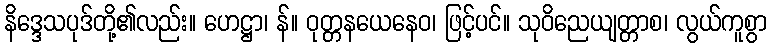
နိဒ္ဒေသပုဒ်တို့၏လည်း။ ဟေဋ္ဌာ၊ န်။ ဝုတ္တနယေနေဝ၊ ဖြင့်ပင်။ သုဝိညေယျတ္တာစ၊ လွယ်ကူစွာ